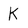
Character: K